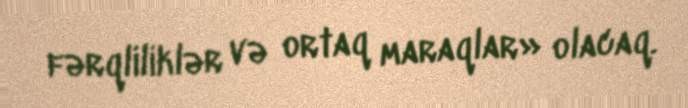
fərqliliklər və ortaq maraqlar» olacaq.